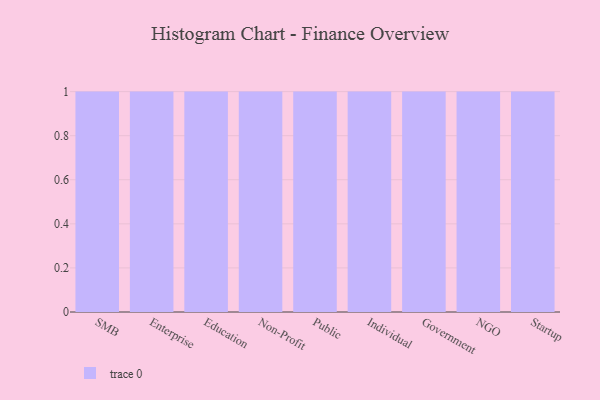
{"axis": {"x": "Segment", "y": "Churn Rate (%)"}, "legend": [""], "data": [{"x": "SMB", "y": 90, "type": ""}, {"x": "Enterprise", "y": 18, "type": ""}, {"x": "Education", "y": 36, "type": ""}, {"x": "Non-Profit", "y": 34, "type": ""}, {"x": "Public", "y": 31, "type": ""}, {"x": "Individual", "y": 93, "type": ""}, {"x": "Government", "y": 36, "type": ""}, {"x": "NGO", "y": 27, "type": ""}, {"x": "Startup", "y": 18, "type": ""}]}